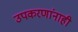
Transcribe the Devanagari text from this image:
उपकरणांनाही